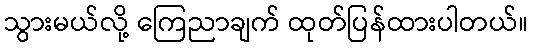
သွားမယ်လို့ ကြေညာချက် ထုတ်ပြန်ထားပါတယ်။